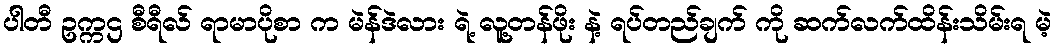
ပါတီ ဥက္ကဌ စီရီလ် ရာမာပိုစာ က မဲန်ဒဲလား ရဲ့ လူ့တန်ဖိုး နဲ့ ရပ်တည်ချက် ကို ဆက်လက်ထိန်းသိမ်းရ မဲ့